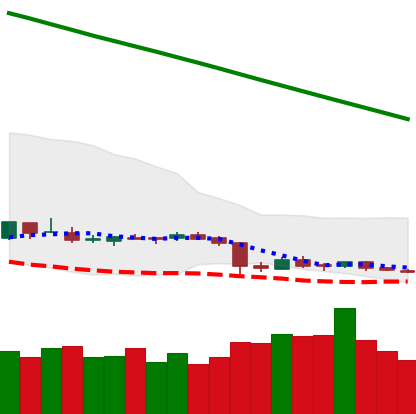
Ticker: ETC-USD
Chart end date: 2019-02-05
Forward return: 7.871%
Label: up_7plus